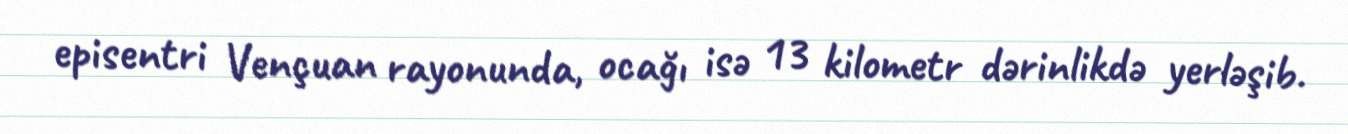
episentri Vençuan rayonunda, ocağı isə 13 kilometr dərinlikdə yerləşib.